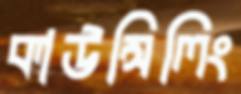
কাউন্সিলিং